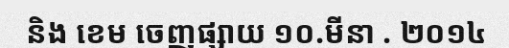
និង ខេម ចេញផ្សាយ ១០.មីនា . ២០១៤